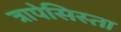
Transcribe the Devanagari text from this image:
त्रापेसिस्ता